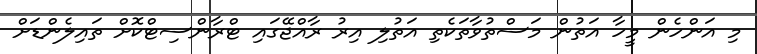
މި އަންހެން މީހާ އަތުން މަސްތުވާތަކެތި އަތުލި އިރު ރާއްޖޭގައި ޓްރާންސިޓްކޮށް ތައިލެންޑަށް